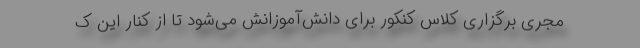
مجری برگزاری کلاس کنکور برای دانش‌آموزانش می‌شود تا از کنار این ک